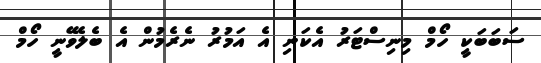
ސަބަބަކީ ހޯމް މިނިސްޓަރު އެކަނި އެ އަމުރު ނެރެމުން އެ ބެލެވޭނީ ހޯމް